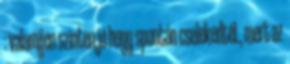
: valamijen szinten jó hogy spontán cselekedtél., mert az